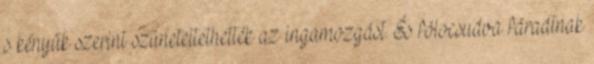
s kényük szerint szüneteltethették az ingamozgást. És fölocsudva fáradtnak